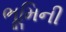
ભૂમિની